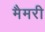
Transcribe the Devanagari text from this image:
मैमरी